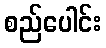
စည်ပေါင်း